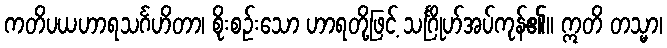
ကတိပယဟာရသင်္ဂဟိတာ၊ စိုးစဉ်းသော ဟာရတို့ဖြင့် သင်္ဂြိုဟ်အပ်ကုန်၏။ ဣတိ တသ္မာ၊